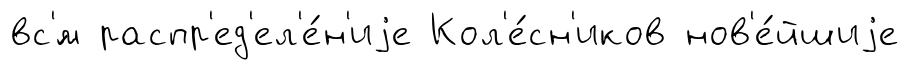
вс'́м распр'ед'ел'е́н'иjе Кол'е́сн'иков нов'е́йшиjе